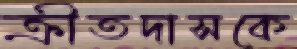
ক্রীতদাসকে